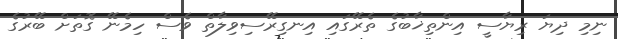
ނިމި ދިޔަ ރިޔާސީ އިންތިޚާބުގެ ތެރޭގައި އިނގިރޭސިވިލާތް ވެސް ހިމެނޭ ގޮތަށް ބޭރުގެ